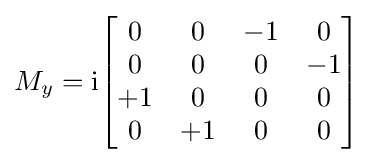
M_{y}={\rm {i}}{\begin{bmatrix}0&0&-1&0\\0&0&0&-1\\+1&0&0&0\\0&+1&0&0\end{bmatrix}}